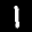
Label: 1